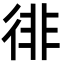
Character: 徘